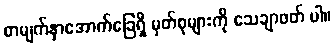
စာမျက်နှာအောက်ခြေရှိ မှတ်စုများကို သေချာဖတ် ပါ။